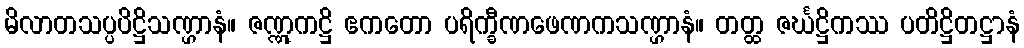
မိလာတသပ္ပပိဋ္ဌိသဏ္ဌာနံ။ ဇဏ္ဏုကဋ္ဌိ ဧကတော ပရိက္ခီဏဖေဏကသဏ္ဌာနံ။ တတ္ထ ဇင်္ဃဋ္ဌိကဿ ပတိဋ္ဌိတဋ္ဌာနံ